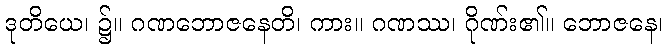
ဒုတိယေ၊ ၌။ ဂဏဘောဇနေတိ၊ ကား။ ဂဏဿ၊ ဂိုဏ်း၏။ ဘောဇနေ၊